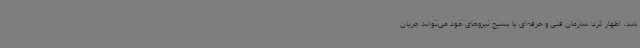
شد، اظهار کرد: سازمان فنی و حرفه‌ای با بسیج نیروهای خود می‌تواند جریان